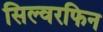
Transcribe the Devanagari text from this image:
सिल्वरफिन